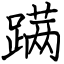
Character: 蹒